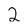
Character: 2